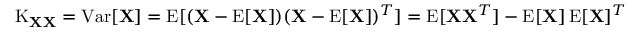
\operatorname { K } _ { \mathbf { X } \mathbf { X } } = \operatorname { V a r } [ \mathbf { X } ] = \operatorname { E } [ ( \mathbf { X } - \operatorname { E } [ \mathbf { X } ] ) ( \mathbf { X } - \operatorname { E } [ \mathbf { X } ] ) ^ { T } ] = \operatorname { E } [ \mathbf { X } \mathbf { X } ^ { T } ] - \operatorname { E } [ \mathbf { X } ] \operatorname { E } [ \mathbf { X } ] ^ { T }